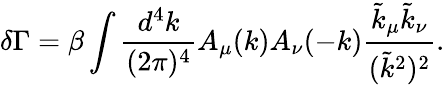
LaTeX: \delta\Gamma=\beta\int\frac{d^{4}k}{(2\pi)^{4}}A_{\mu}(k)A_{\nu}(-k)\frac{\tilde{k}_{\mu}\tilde{k}_{\nu}}{(\tilde{k}^{2})^{2}}.